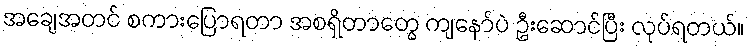
အချေအတင် စကားပြောရတာ အစရှိတာတွေ ကျနော်ပဲ ဦးဆောင်ပြီး လုပ်ရတယ်။